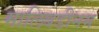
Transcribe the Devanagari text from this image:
मालिबडीनम